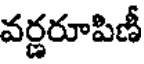
వర్ణరూపిణీ